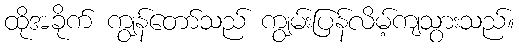
ထိုအခိုက် ကျွန်တော်သည် ကျွမ်းပြန်လိမ့်ကျသွားသည်။